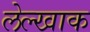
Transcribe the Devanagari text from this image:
लेल्खाक